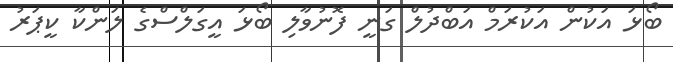
ބޯޅަ އަކުން އަކުރަމް އަބްދުލް ގަނީ ފޮނުވާލި ބޯޅަ އީގަލްސްގެ ލަންކާ ކީޕަރު